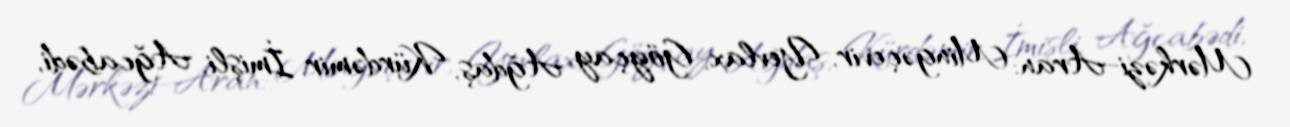
Mərkəzi-Aran: Mingəçevir, Yevlax, Göyçay, Ağdaş, Kürdəmir, İmişli, Ağcabədi,